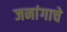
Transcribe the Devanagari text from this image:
जनांगाचे